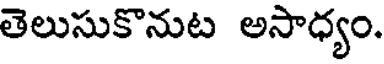
తెలుసుకొనుట అసాధ్యం.